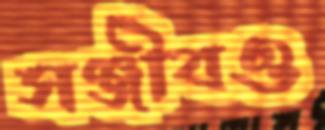
সঞ্জীবও